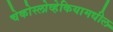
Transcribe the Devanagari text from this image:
चेकोस्लोव्हेकियामधील